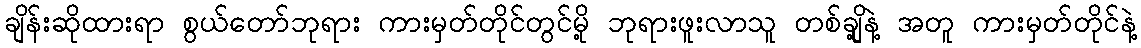
ချိန်းဆိုထားရာ စွယ်တော်ဘုရား ကားမှတ်တိုင်တွင်မို့ ဘုရားဖူးလာသူ တစ်ချို့နဲ့ အတူ ကားမှတ်တိုင်နဲ့